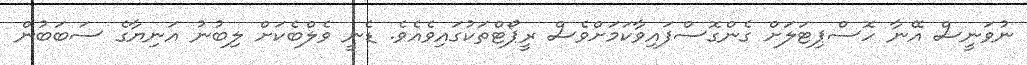
ނުވަނީސް އޭނާ ހޮސްޕިޓަލަށް ގެންގޮސްފައިވާކަމަށްވެސް ރީޕޯޓްތަކުގައިވެއެވެ. ޑެނީ ވެލްބެކަށް ލިބުނު އަނިޔާގެ ސަބަބުން